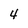
Character: 4